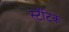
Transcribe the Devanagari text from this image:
स्टॅटिक